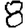
Digit: 8